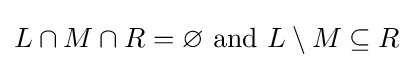
L\cap M\cap R=\varnothing {\text{ and }}L\setminus M\subseteq R